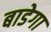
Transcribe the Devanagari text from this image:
बाडेगा